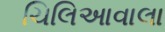
ચિલિઆવાલા